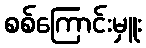
စစ်ကြောင်းမှူး